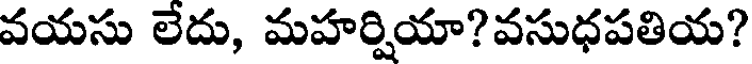
వయసు లేదు, మహర్షియా?వసుధపతియ?